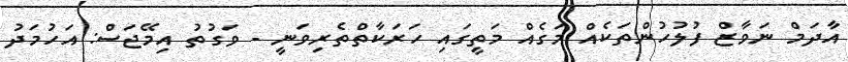
އާދަމް ނަވާޒް ފުލުހުންތަކެއް މަގެއް މަތީގައި ހަރަކާތްތެރިވަނީ - ވަގުތު އިމޭޖަސް: އަހުމަދު